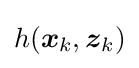
h({\boldsymbol {x}}_{k},{\boldsymbol {z}}_{k})